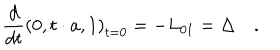
\frac d { d t } \left( 0 , t \cdot a , 1 \right) _ { t = 0 } = - L _ { 0 1 } = \Delta \quad .